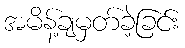
အမိန့်ချမှတ်ခဲ့ခြင်း